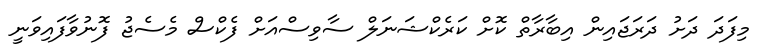
މިފަދަ ދަށު ދަރަޖައިން އިބާރާތް ކޮށް ކަރެކްޝަނަލް ސާވިސްއަށް ފެކްސް މެސެޖު ފޮނުވާފައިވަނީ